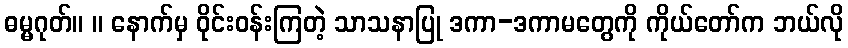
ဓမ္မဂုတ်။ ။ နောက်မှ ဝိုင်းဝန်းကြတဲ့ သာသနာပြု ဒကာ-ဒကာမတွေကို ကိုယ်တော်က ဘယ်လို